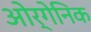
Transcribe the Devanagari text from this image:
ओर्गेनिक